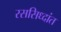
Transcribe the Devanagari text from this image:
रससिध्दांत